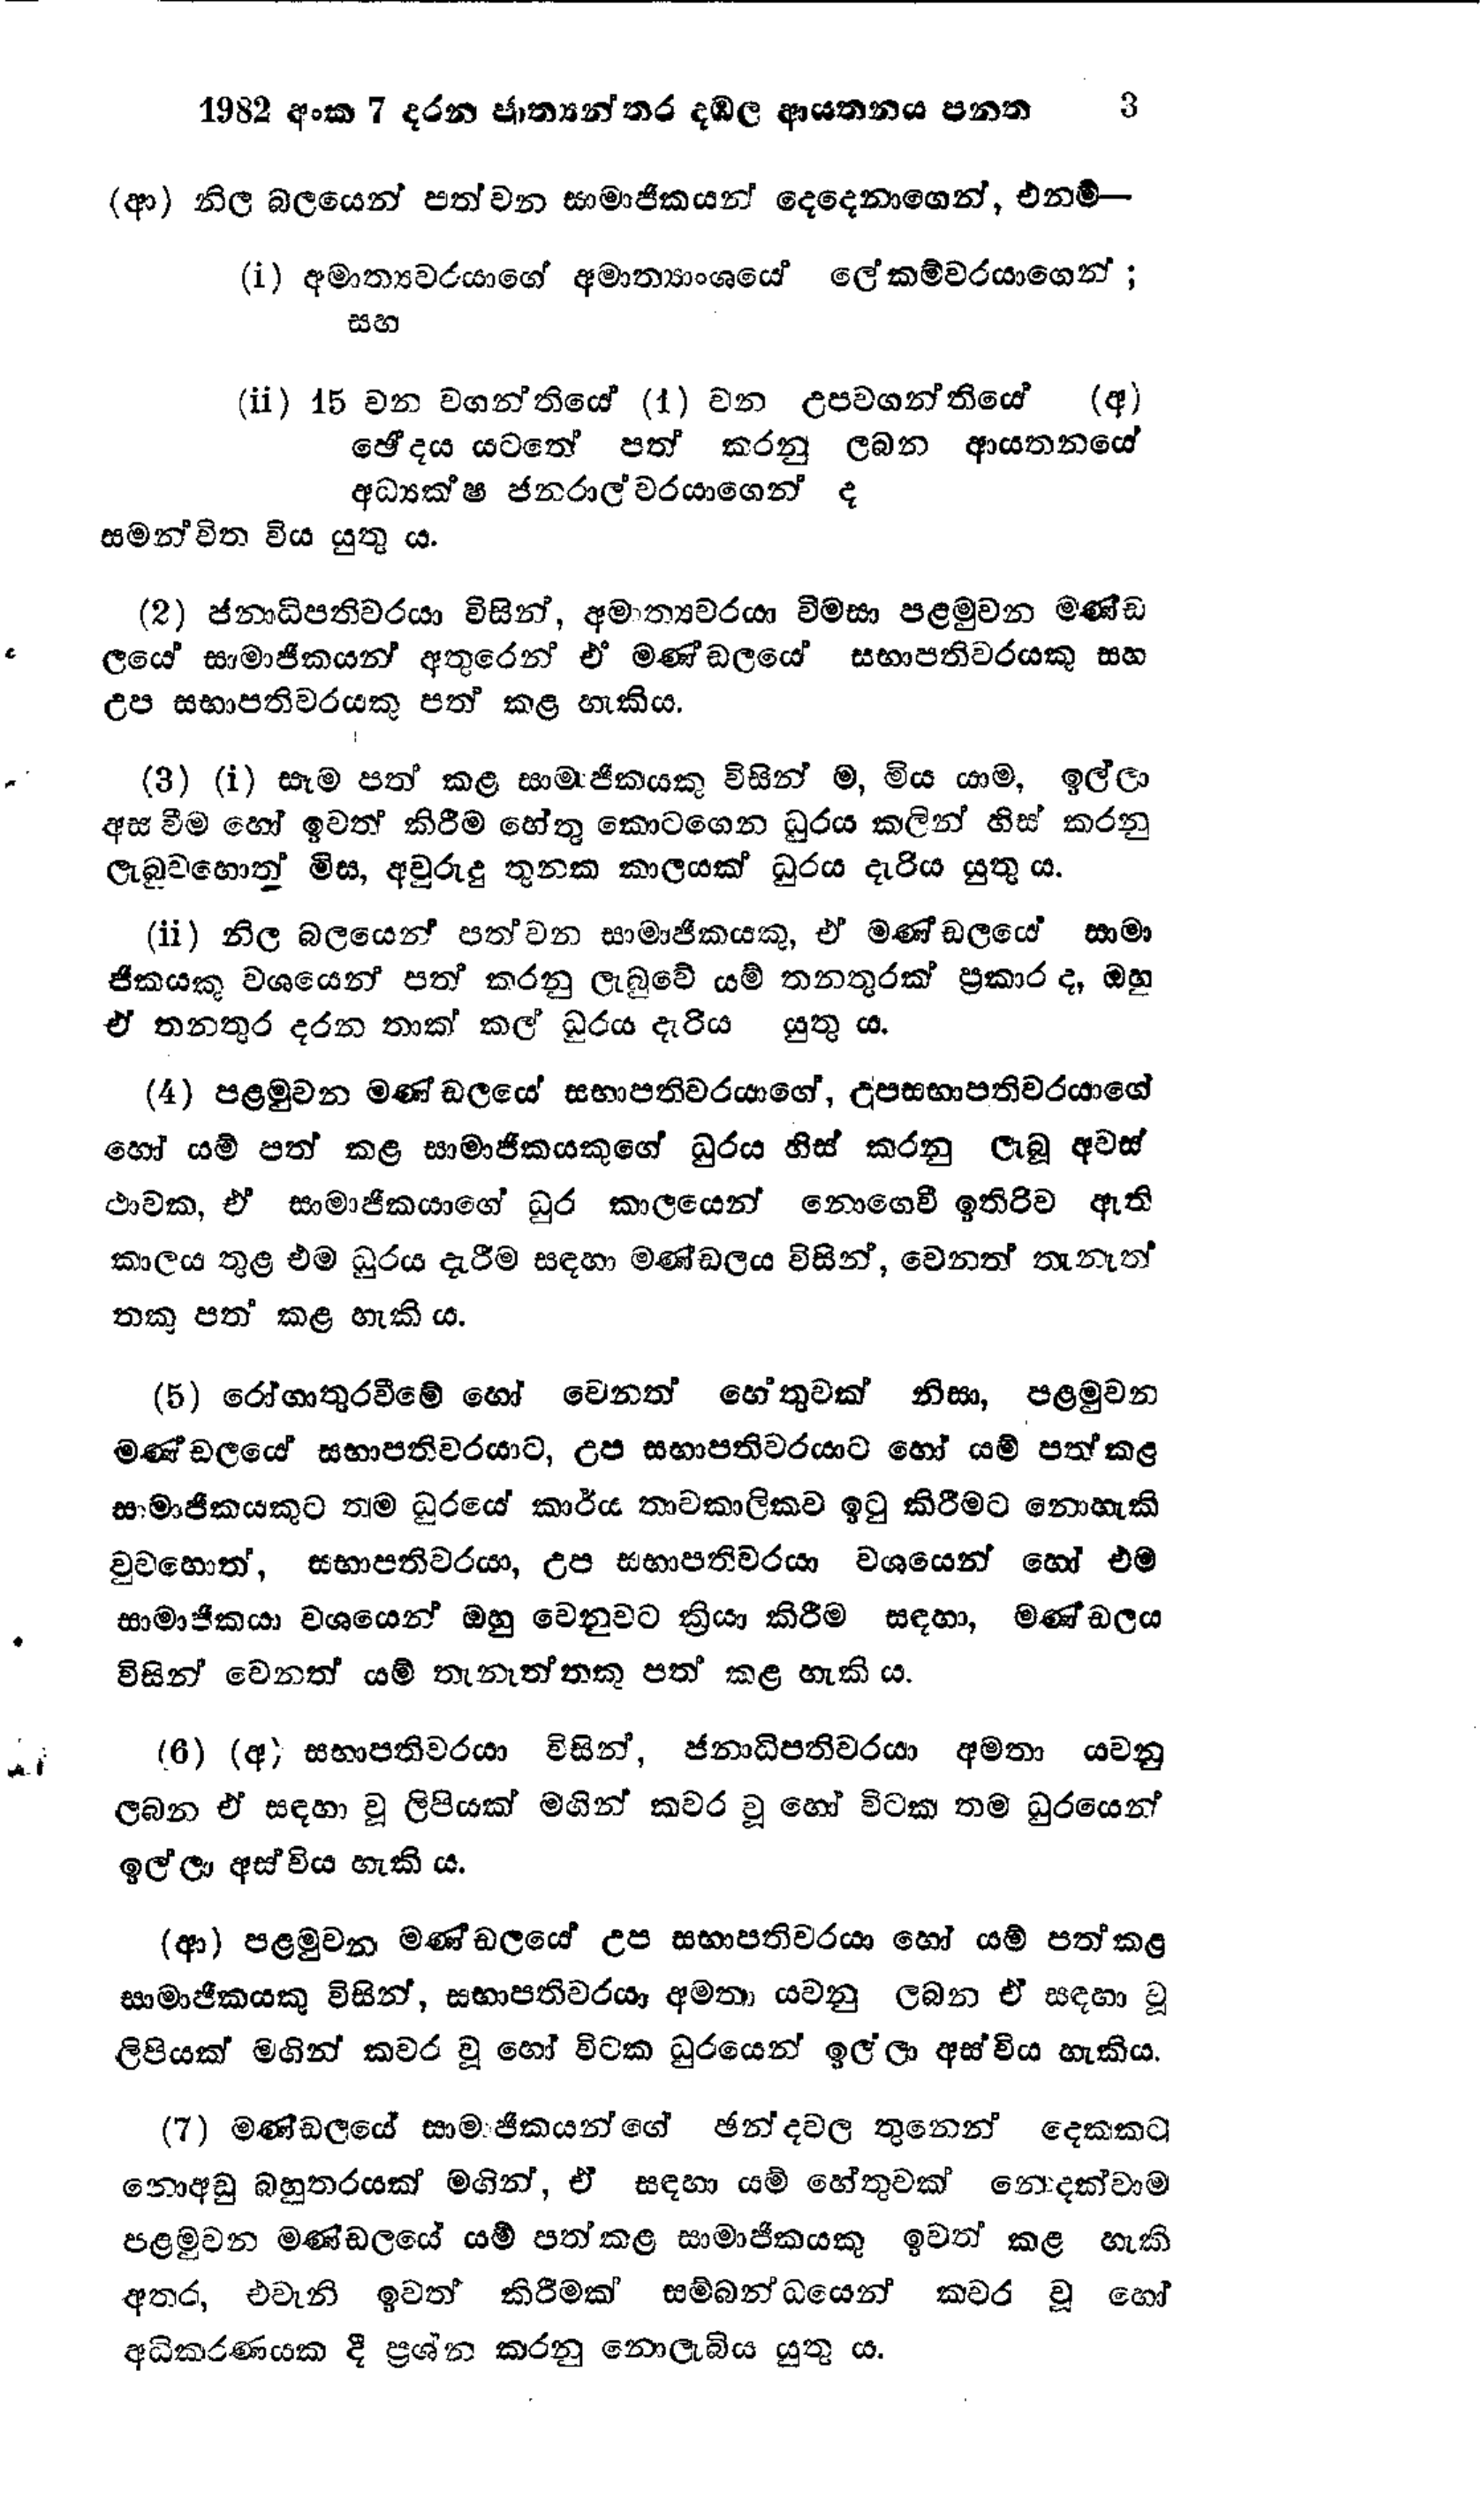
1982 අංක 7 දරන ජාත්‍යන්තර දඹල ආයතනය පනත     3

(ආ) නිල බලයෙන් පත්වන සාමාජිකයන් දෙදෙනාගෙන්, එනම් —

(i) අමාත්‍යවරයාගේ අමාත්‍යාංශයේ ලේකම්වරයාගෙන්;
සහ

(ii) 15 වන වගන්තියේ (1) වන උපවගන්තියේ (අ)
ඡේදය යටතේ පත් කරනු ලබන ආයතනයේ
අධ්‍යක්ෂ ජනරාල් වරයාගෙන් ද
සමන්විත විය යුතුය.

(2) ජනාධිපතිවරයා විසින්, අමාත්‍යවරයා විමසා පළමුවන මණ්ඩ
ලයේ සාමාජිකයන් අතුරෙන් ඒ‍ මණ්ඩලයේ සභාපතිවරයකු සහ
උප සභාපතිවරයකු පත් කළ හැකිය.

(3) (i) සෑම පත් කළ සාමාජිකයකු විසින් ම, මිය යාම, ඉල්ලා
අස් වීම හෝ ඉවත් කිරීම හේතු කොට ගෙන ධුරය කලින් හිස් කරනු
ලැබුවහොත් මිස, අවුරුදු තුනක කාලයක් ධුරය දැරිය යුතු ය.

(ii) නිල බලයෙන් පත් වන සාමාජිකයකු, ඒ මණ්ඩලයේ සාමා
ජිකයෙකු වශයෙන් පත් කරනු ලැබුවේ යම් තනතුරක් ප්‍රකාර ද, ඔහු
ඒ තනතුර දරන තාක් කල් ධුරය දැරිය යුතු ය.

(4) පළමුවන මණ්ඩලයේ සභාපතිවරයාගේ, උපසභාපතිවරයාගේ
හෝ යම් පත් කළ සාමාජිකයකුගේ ධුරය හිස් කරනු ලැබූ අවස්
ථාවක,ඒ සාමාජිකයාගේ ධුර කාලයෙන් නොගෙවී ඉතිරිව ඇති
කාලය තුළ එම ධුරය දැරීම සඳහා මණ්ඩලය විසින්, වෙනත් තැනැත්
තකු පත් කළ හැකි ය.

(5) රෝගාතුරවීමේ හෝ වෙනත් හේතුවක් නිසා, පළමුවන
මණ්ඩලයේ සභාපතිවරයාට, උප සභාපතිවරයාට හෝ යම් පත් කළ
සාමාජිකයකුට තම ධුරයේ කාර්ය තාවකාලිකව ඉටු කිරීමට නොහැකි
වුවහොත්, සභාපතිවරයා, උප සභාපතිවරයා වශයෙන් හෝ එම
සාමාජිකයා වශයෙන් ඔහු වෙනුවට ක්‍රියා කිරීම සඳහා, මණ්ඩලය
විසින් වෙනත් යම් තැනැත්තකු පත් කළ හැකි ය.

(6) (අ) සභාපතිවරයා විසින්, ජනාධිපතිවරයා අමතා යවනු
ලබන ඒ සඳහා වූ ලිපියක් මගින් කවර වූ හෝ විටක තම ධුරයෙන්
ඉල්ලා අස්විය හැකි ය.

(ආ) පළමුවන මණ්ඩලයේ උප සභාපතිවරයා හෝ යම් පත් කළ
සාමාජිකයකු විසින්, සභාපතිවරයා අමතා යවනු ලබන ඒ සඳහා වූ
ලිපියක් මගින් කවර වූ හෝ විටක ධුරයෙන් ඉල්ලා අස්විය හැකිය.

(7) මණ්ඩලයේ සාමාජිකයන්ගේ ඡන්දවල තුනෙන් දෙකකට
නොඅඩු බහුතරයක් මගින්, ඒ සඳහා යම් හේතුවක් නොදක්වාම
පළමුවන මණ්ඩලයේ යම් පත් කළ සාමාජිකයකු ඉවත් කළ හැකි
අතර, එවැනි ඉවත් කිරීමක් සම්බන්ධයෙන් කවර වූ හෝ
අධිකරණයක දී ප්‍රශ්න කරනු නොලැබිය යුතු ය.